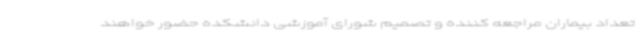
تعداد بیماران مراجعه کننده و تصمیم شورای آموزشی دانشکده حضور خواهند